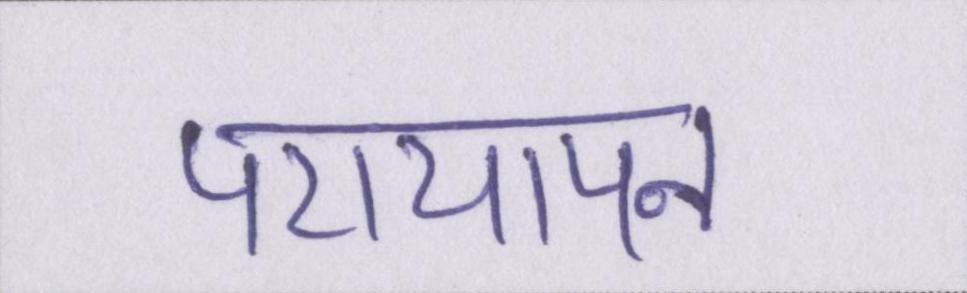
परायापन